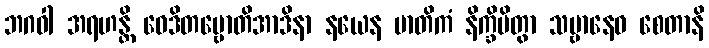
ဘဂဝါ အရဟန္တိ ဝေဒိတဗ္ဗောတိအာဒိနာ နယေန မာတိကံ နိက္ခိပိတွာ သဗ္ဗာနေဝ စေတာနိ